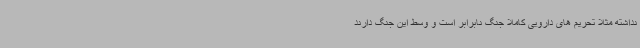
نداشته مثلا تحریم های دارویی کاملا جنگ نابرابر است و وسط این جنگ دارند